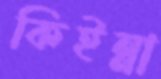
কিইন্না